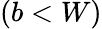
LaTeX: (b<W)